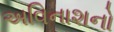
અવિનાશનો